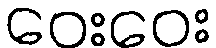
ဝေးဝေး